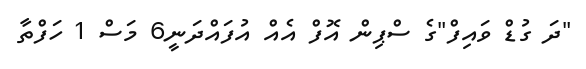
"ދަ ގުޑް ވައިފް"ގެ ސްޕިން އޮފް އެއް އުފައްދަނީ6 މަސް 1 ހަފްތާ